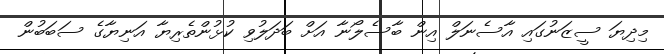
މިދިޔަ ސީޒަނުގައި އާސެނަލް އިން ބާސެލޯނާ އަށް ބަދަލުވި ކުޅުންތެރިޔާ އަނިޔާގެ ސަބަބުން